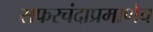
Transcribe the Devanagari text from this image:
सफरचंदाप्रमाणेच